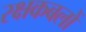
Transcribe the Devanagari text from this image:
रक्षकबलों